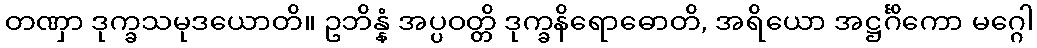
တဏှာ ဒုက္ခသမုဒယောတိ။ ဥဘိန္နံ အပ္ပဝတ္တိ ဒုက္ခနိရောဓောတိ, အရိယော အဋ္ဌင်္ဂိကော မဂ္ဂေါ